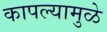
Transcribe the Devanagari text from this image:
कापल्यामुळे